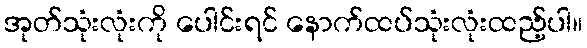
အုတ်သုံးလုံးကို ပေါင်းရင် နောက်ထပ်သုံးလုံးထည့်ပါ။